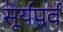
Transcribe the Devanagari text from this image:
सूर्यपर्व